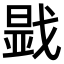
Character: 𢧫